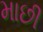
માછી